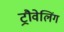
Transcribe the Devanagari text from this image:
ट्रौवेलिंग